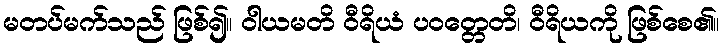
မတပ်မက်သည် ဖြစ်၍။ ဝါယမတိ ဝီရိယံ ပဝတ္တေတိ၊ ဝီရိယကို ဖြစ်စေ၏။